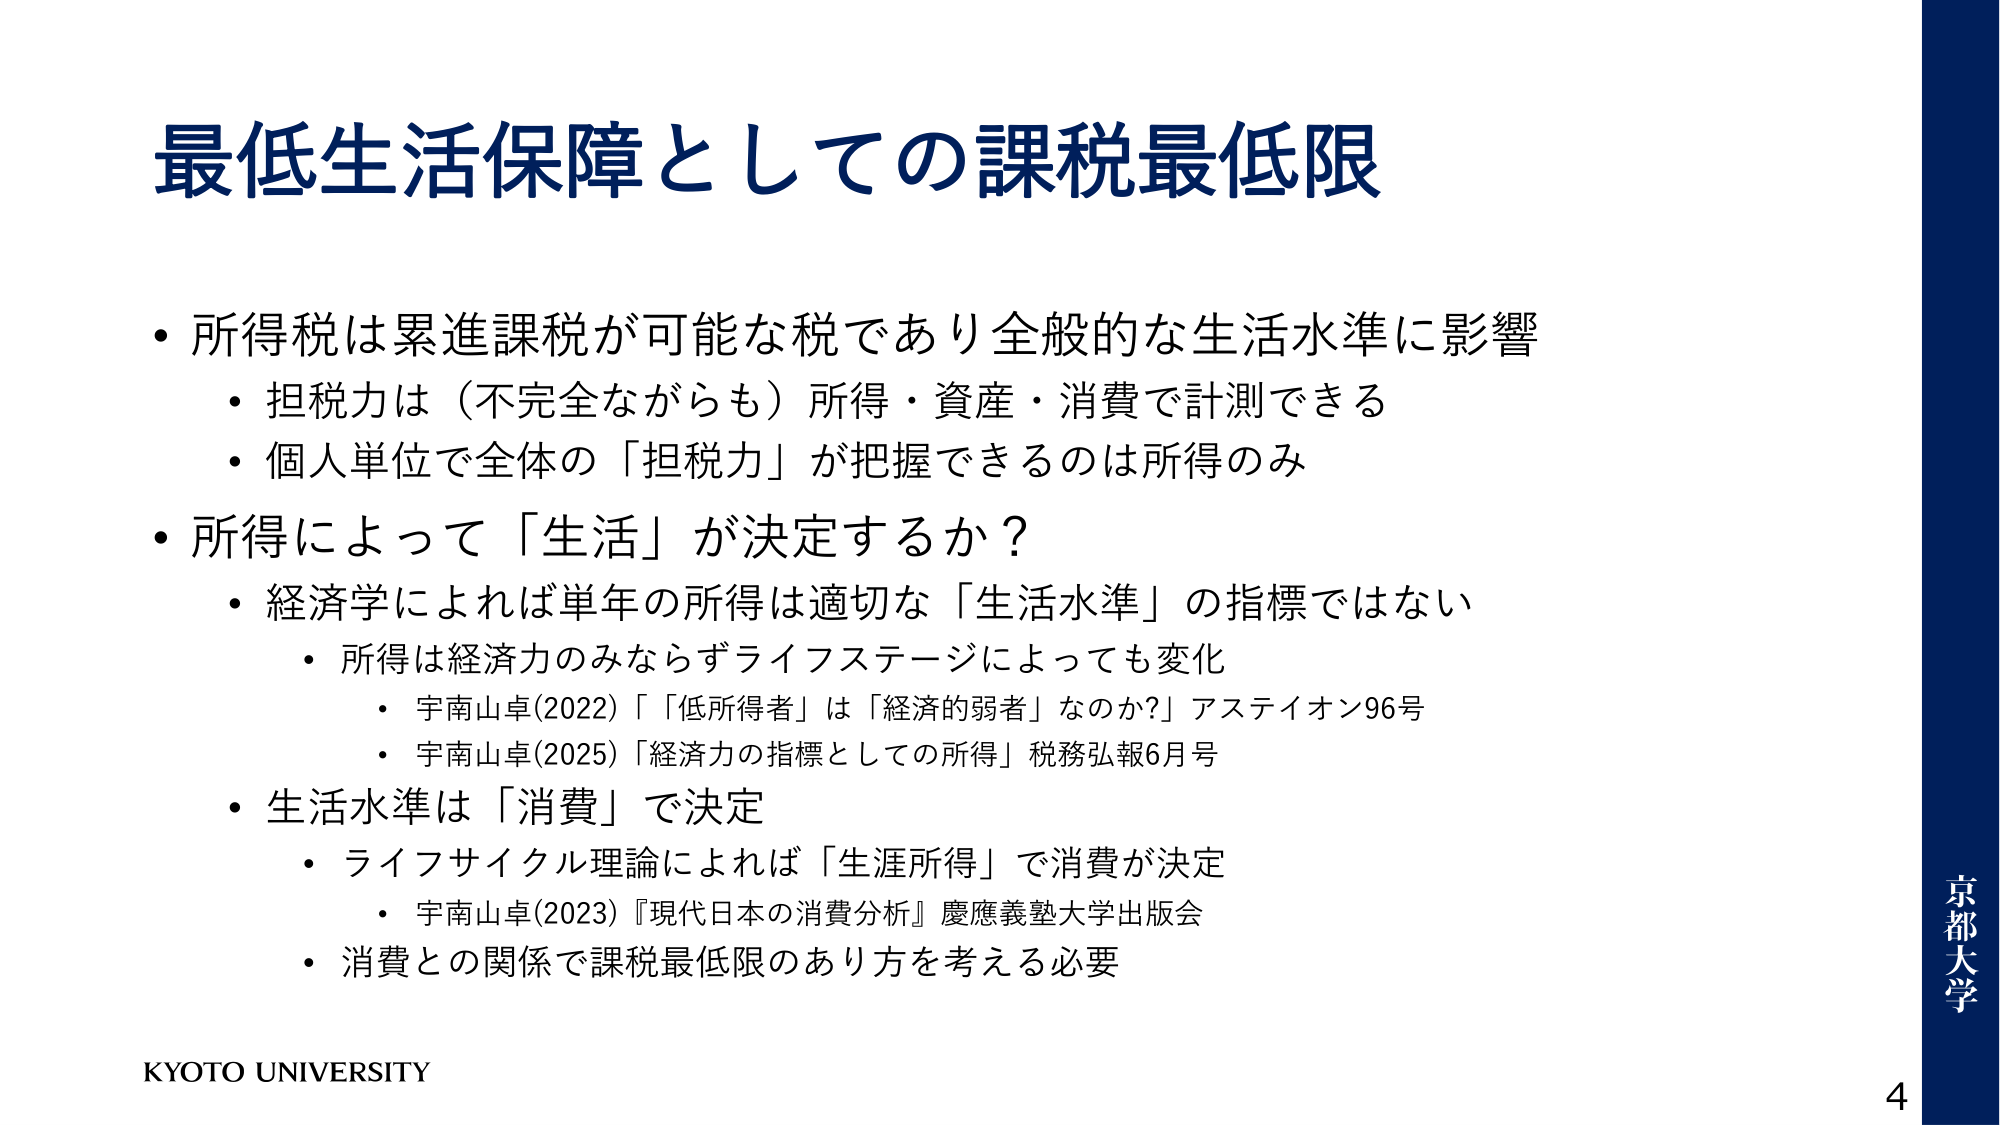
最低生活保障としての課税最低限

・所得税は累進課税が可能な税であり全般的な生活水準に影響
　・担税力は（不完全ながらも）所得・資産・消費で計測できる
　・個人単位で全体の「担税力」が把握できるのは所得のみ

・所得によって「生活」が決定するか？
　・経済学によれば単年の所得は適切な「生活水準」の指標ではない
　　・所得は経済力のみならずライフステージによっても変化
　　　・宇南山卓(2022)「『低所得者』は『経済的弱者』なのか？」アステイオン96号
　　　・宇南山卓(2025)「経済力の指標としての所得」税務弘報6月号
　・生活水準は「消費」で決定
　　・ライフサイクル理論によれば「生涯所得」で消費が決定
　　　・宇南山卓(2023)『現代日本の消費分析』慶應義塾大学出版会
　　・消費との関係で課税最低限のあり方を考える必要

KYOTO UNIVERSITY

京都大学
4